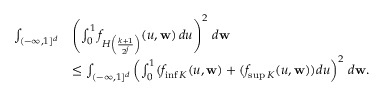
\begin{array} { r l } { \int _ { ( - \infty , 1 ] ^ { d } } } & { \left( \int _ { 0 } ^ { 1 } f _ { H \left( \frac { k + 1 } { 2 ^ { j } } \right) } ( u , \mathbf { w } ) \, d u \right) ^ { 2 } \, d \mathbf { w } } \\ & { \leq \int _ { ( - \infty , 1 ] ^ { d } } \left( \int _ { 0 } ^ { 1 } ( f _ { \operatorname* { i n f } K } ( u , \mathbf { w } ) + ( f _ { \operatorname* { s u p } K } ( u , \mathbf { w } ) ) d u \right) ^ { 2 } \, d \mathbf { w } . } \end{array}